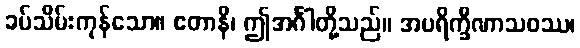
ခပ်သိမ်းကုန်သော။ ဧတာနိ၊ ဤအင်္ဂါတို့သည်။ အပရိက္ခီဏာသဝဿ၊